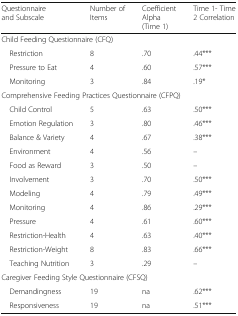
<table><thead><tr><td><b>Questionnaire and Subscale</b></td><td><b>Number of Items</b></td><td><b>Coefficient Alpha(Time 1)</b></td><td><b>Time 1- Time 2 Correlation</b></td></tr></thead><tbody><tr><td colspan="4">Child Feeding Questionnaire (CFQ)</td></tr><tr><td> Restriction</td><td>8</td><td>.70</td><td>.44***</td></tr><tr><td> Pressure to Eat</td><td>4</td><td>.60</td><td>.57***</td></tr><tr><td> Monitoring</td><td>3</td><td>.84</td><td>.19*</td></tr><tr><td colspan="4">Comprehensive Feeding Practices Questionnaire (CFPQ)</td></tr><tr><td> Child Control</td><td>5</td><td>.63</td><td>.50***</td></tr><tr><td> Emotion Regulation</td><td>3</td><td>.80</td><td>.46***</td></tr><tr><td> Balance &amp; Variety</td><td>4</td><td>.67</td><td>.38***</td></tr><tr><td> Environment</td><td>4</td><td>.56</td><td>–</td></tr><tr><td> Food as Reward</td><td>3</td><td>.50</td><td>–</td></tr><tr><td> Involvement</td><td>3</td><td>.70</td><td>.50***</td></tr><tr><td> Modeling</td><td>4</td><td>.79</td><td>.49***</td></tr><tr><td> Monitoring</td><td>4</td><td>.86</td><td>.29***</td></tr><tr><td> Pressure</td><td>4</td><td>.61</td><td>.60***</td></tr><tr><td> Restriction-Health</td><td>4</td><td>.63</td><td>.40***</td></tr><tr><td> Restriction-Weight</td><td>8</td><td>.83</td><td>.66***</td></tr><tr><td> Teaching Nutrition</td><td>3</td><td>.29</td><td>–</td></tr><tr><td colspan="4">Caregiver Feeding Style Questionnaire (CFSQ)</td></tr><tr><td> Demandingness</td><td>19</td><td>na</td><td>.62***</td></tr><tr><td> Responsiveness</td><td>19</td><td>na</td><td>.51***</td></tr></tbody></table>